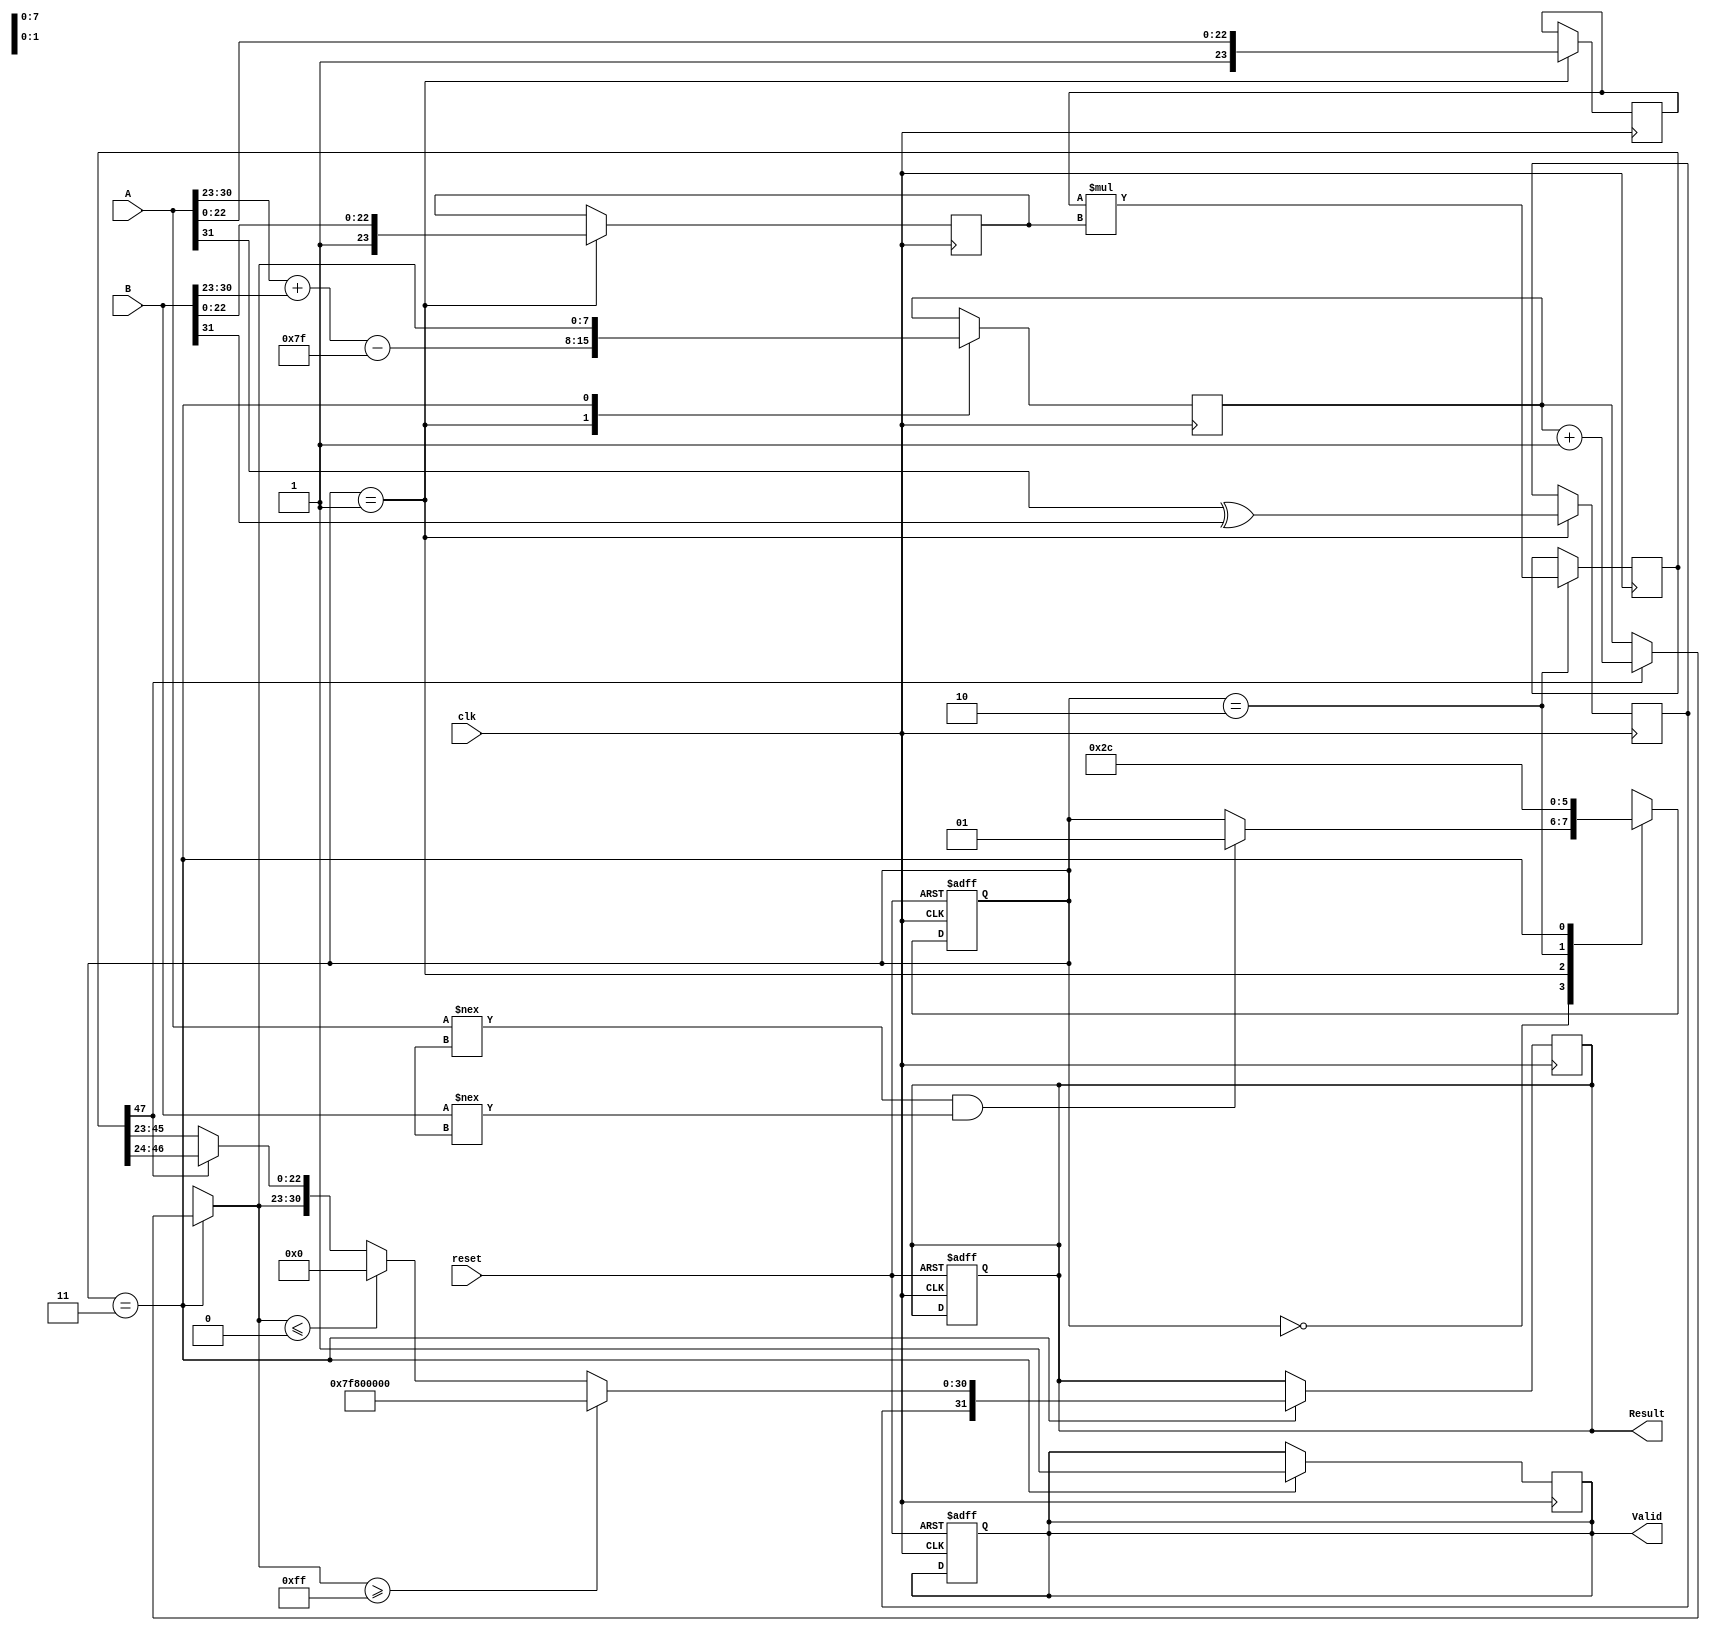
module FloatingPointMultiplier (
    input [31:0] A,       // First floating-point operand
    input [31:0] B,       // Second floating-point operand
    input clk,            // Clock signal
    input reset,          // Asynchronous reset
    output reg [31:0] Result, // Result of A * B
    output reg Valid          // Signal indicating result is valid
);

    // Constants for exponent bias
    localparam EXPONENT_BIAS = 127;
    localparam MANTISSA_WIDTH = 23;
    
    // Internal signals
    reg [7:0] exponent_a, exponent_b, exponent_result;
    reg [23:0] mantissa_a, mantissa_b, mantissa_result;
    reg sign_a, sign_b, sign_result;
    reg [47:0] mantissa_product; // Product of mantissas (max 46 bits)
    
    // States for FSM
    parameter IDLE = 2'b00, EXTRACT = 2'b01, MULTIPLY = 2'b10, ROUND_OUTPUT = 2'b11;
    reg [1:0] state, next_state;

    // Asynchronous reset logic
    always @(posedge clk or posedge reset) begin
        if (reset) begin
            Result <= 32'b0;
            Valid <= 1'b0;
            state <= IDLE;
        end else begin
            state <= next_state;
        end
    end

    // State Machine for control logic
    always @(*) begin
        next_state = state;
        case (state)
            IDLE: begin
                if (A !== 32'bx && B !== 32'bx) // Check if inputs are valid
                    next_state = EXTRACT;
            end
            EXTRACT: begin
                next_state = MULTIPLY;
            end
            MULTIPLY: begin
                next_state = ROUND_OUTPUT;
            end
            ROUND_OUTPUT: begin
                next_state = IDLE; // Go back to IDLE after producing output
            end
        endcase
    end

    // State logic for floating-point multiplication
    always @(posedge clk) begin
        case (state)
            EXTRACT: begin
                // Extract sign, exponent, and mantissa from inputs
                sign_a = A[31];
                sign_b = B[31];
                exponent_a = A[30:23];
                exponent_b = B[30:23];
                mantissa_a = {1'b1, A[22:0]}; // Add implicit leading 1
                mantissa_b = {1'b1, B[22:0]}; // Add implicit leading 1
                sign_result = sign_a ^ sign_b; // XOR for sign of the result
                exponent_result = exponent_a + exponent_b - EXPONENT_BIAS; // Add exponents
            end
            MULTIPLY: begin
                // Multiply mantissas
                mantissa_product = mantissa_a * mantissa_b; // 24 * 24 = 48 bits
            end
            ROUND_OUTPUT: begin
                // Normalize and round the mantissa
                if (mantissa_product[47]) begin
                    // If top bit is 1, shift right
                    mantissa_result = mantissa_product[47:24]; // 24 bits
                    exponent_result = exponent_result + 1; // Adjust exponent
                end else begin
                    mantissa_result = mantissa_product[46:23]; // Shift right if needed
                end
                
                // Handle overflow/underflow of the exponent
                if (exponent_result >= 255) begin
                    Result <= {sign_result, 8'b11111111, 23'b0}; // Infinity
                end else if (exponent_result <= 0) begin
                    Result <= {sign_result, 8'b0, 23'b0}; // Zero
                end else begin
                    Result <= {sign_result, exponent_result[7:0], mantissa_result[22:0]};
                end
                
                Valid <= 1'b1; // Output valid
            end
        endcase
    end

endmodule